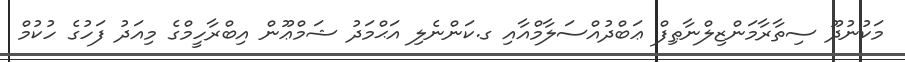
މަކުނުދޫ ސިތާރާމަންޒިލްނާޠިފް ޢަބްދުއްސަލާމްއާއި ގ.ކަންނެލި އަޙްމަދު ޝަމްޢޫން އިބްރާހީމްގެ މިއަދު ފަހުގެ ހުކުމް